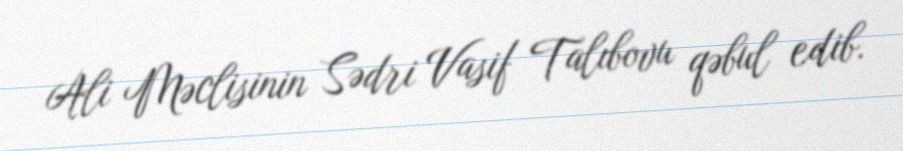
Ali Məclisinin Sədri Vasif Talıbovu qəbul edib.